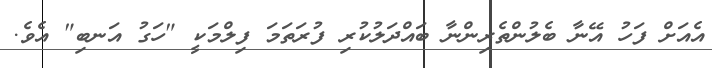
އެއަށް ފަހު އޭނާ ބެލުންތެރިންނާ ބައްދަލުކުރި ފުރަތަމަ ފިލްމަކީ "ހަގު އަނބި" އެވެ.